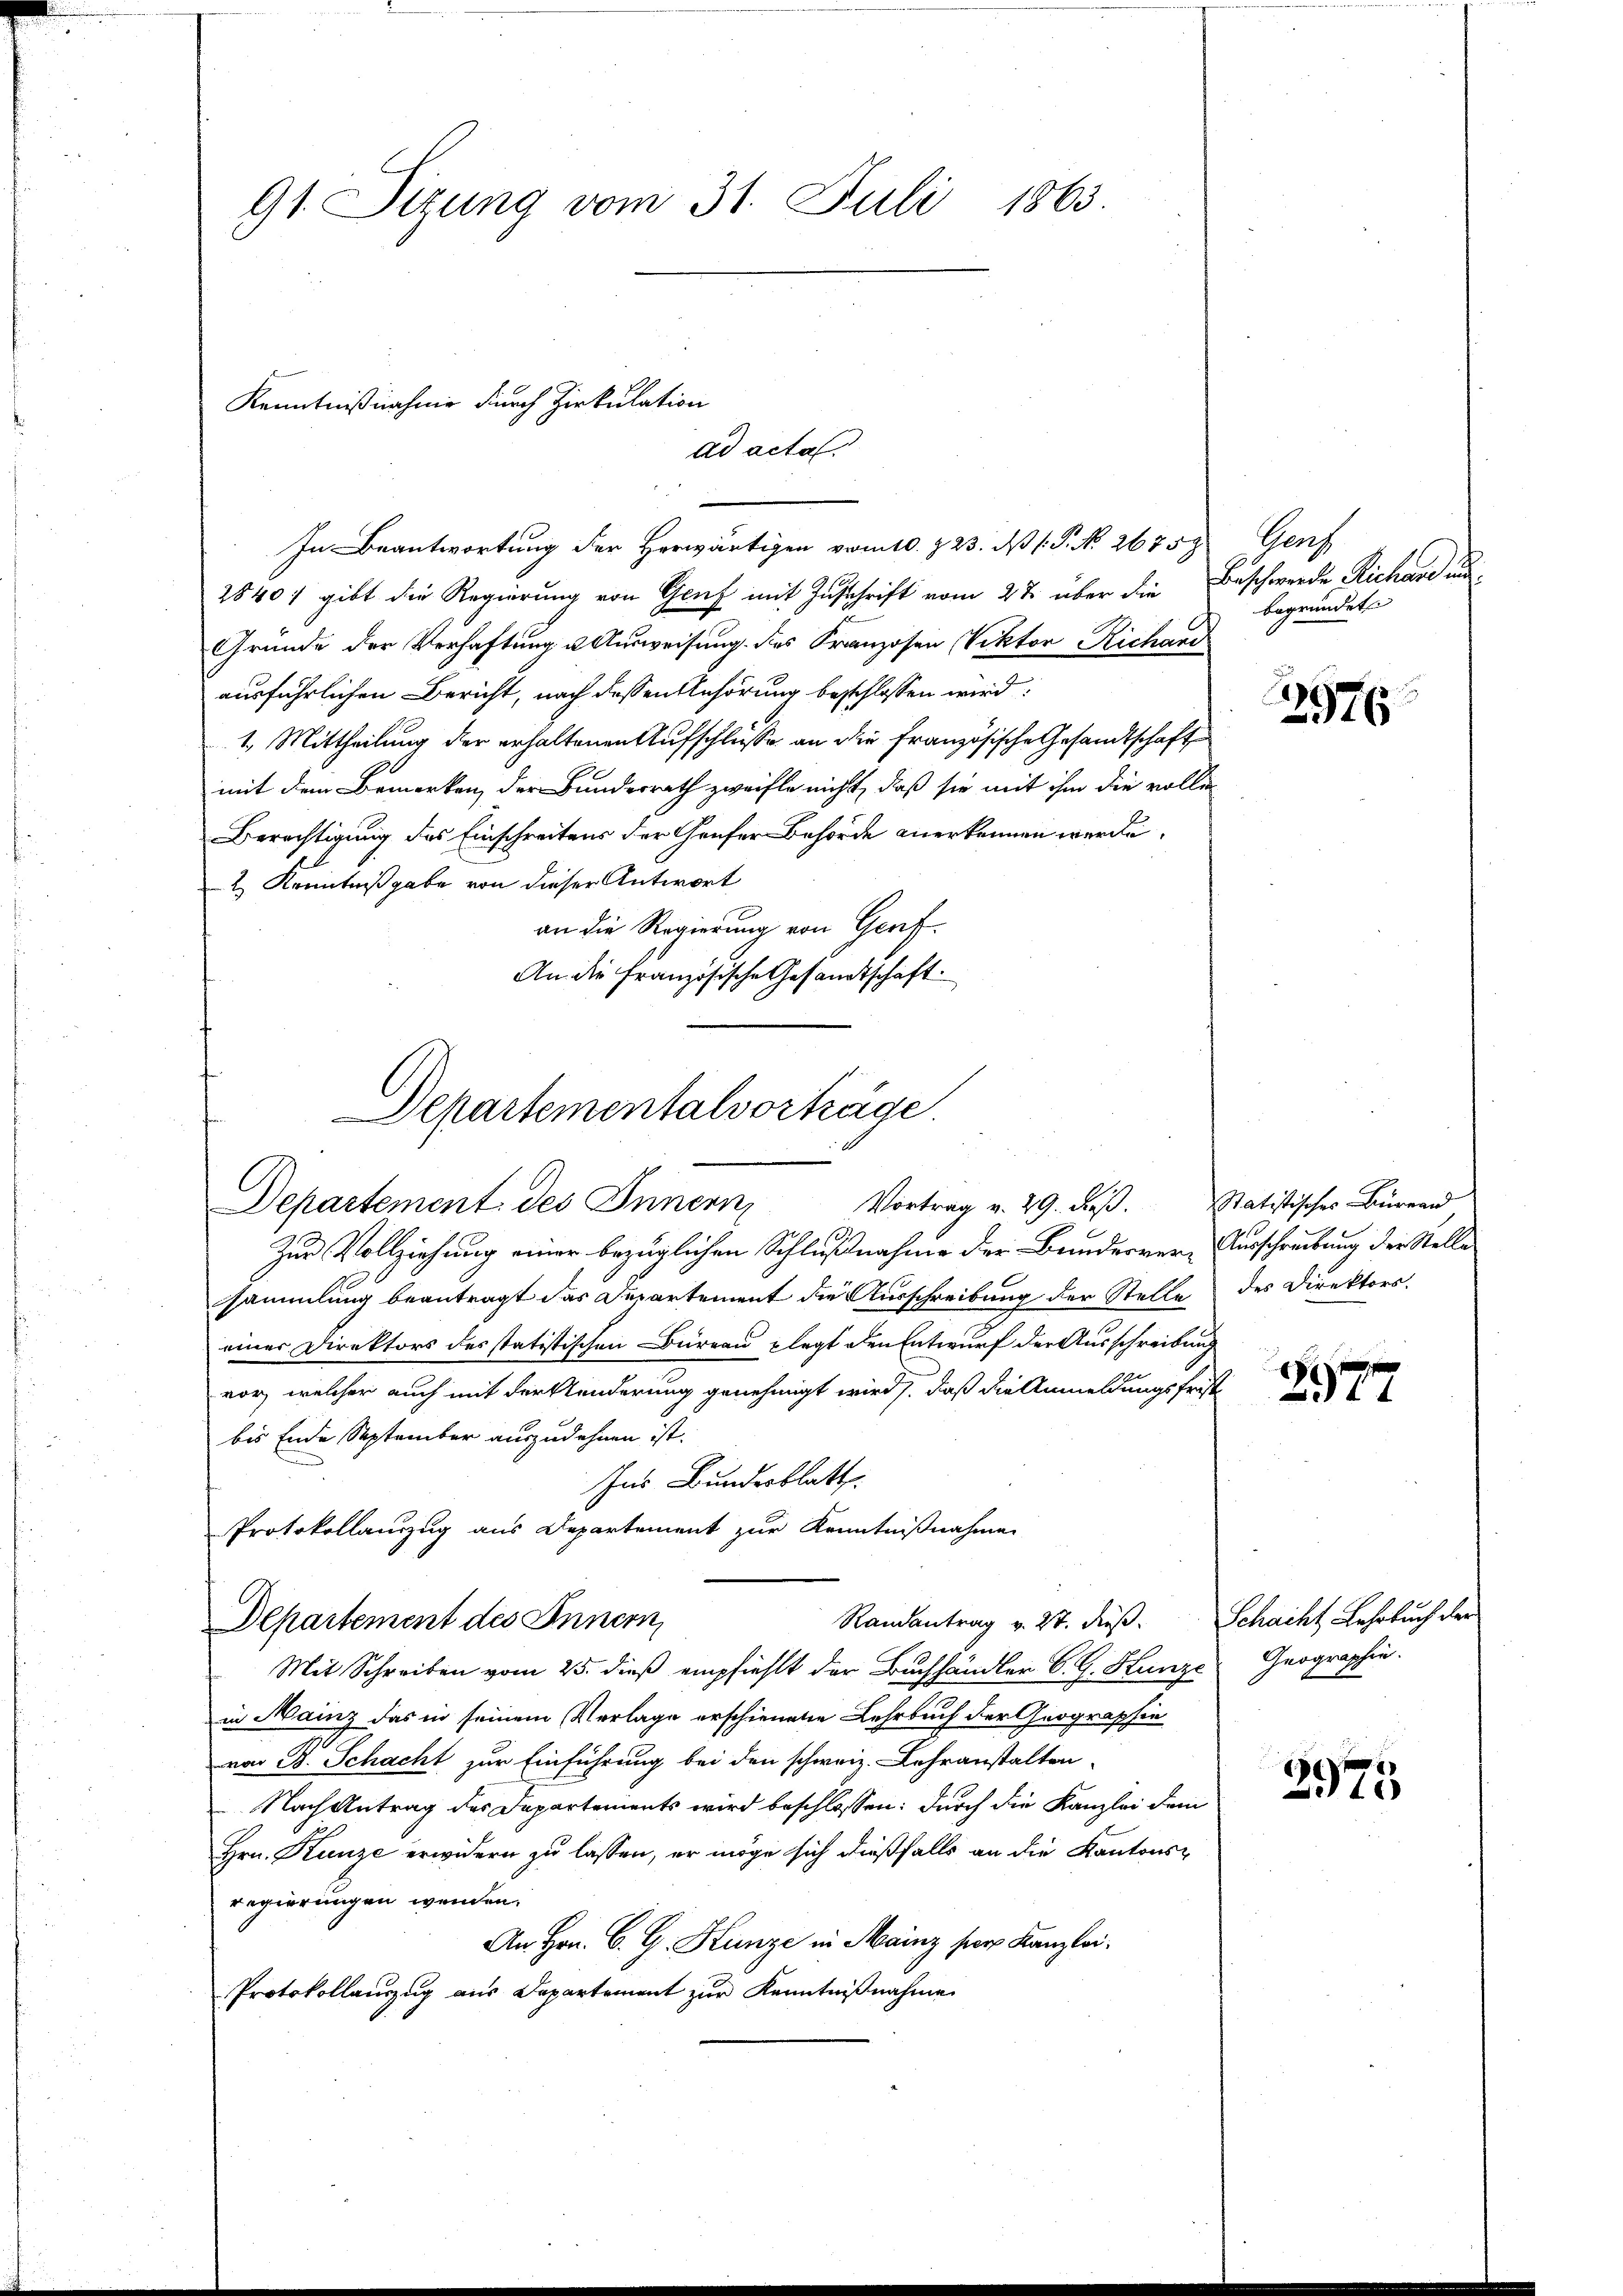
91. Sizung vom 31. Juli 1863.

In Beantwortung der Herwärtigen vom 10. § 23. dß (.P. N. 26758
28401 gibt die Regierung von Genf mit Zuschrift vom 27. über die Beschwerde, Richard un¬
Gründe der Verhaftung u. Ausweisung des Franzosen Viktor Richand
ausführlichen Bericht, nach dessen Anhörung beschlossen wird:
1. Mittheilung der erhaltenen Aufschlüsse an die französische Gesandtschaft
mit dem Bemerken der Bundesrath zweifle nicht, daß sie mit ihm die volle
Berechtigung des Einschreitens der Grufer Behörde anerkennen werde.
2) Kenntnißgabe von dieser Antwort
an die Regierung von Genf.
An die französische Gesandtschaft
Departementalvorträge

Kenntnißnahme durch Zirkulation
ad acta.

Vortrag v. 29. dβ. Statistisches Büreau
Departement des Innern

Zur Vollziehung einer bezüglichen Schlußnahme der Bundervere Ausschreibung der Stelle
sammlung beantragt das Departement die Ausschreibung der Stelle des Direktors.
einer Direktors des statistischen Bureau plagt den Entwurf der Ausschreibung
vor, welcher auch mit der Kunderung genehmigt wird, daß die Anmeldungsfristbis Ende September auszudehnen ist.
Ins Bundesblatt
PProtokollanzug aus Departement zur Kenntnißnahme
Departement des Innern,
Mit Schreiben vom 25. dieß empfiehlt der Buchhändler B. G. Hunze Geographie.
in Mainz das in seinem Verlage erschienene Lehrbuch der Geographie
von B. Schacht zur Einführung bei den schweiz. Lehranstalten-
Nach Antrag des Departements wird beschlossen: durch die Kanzlei dem
Hrn. Kunze erwidern zu lassen, er möge sich dießfalls an die Kantons-
regierungen wenden.
An Hrn. B. G. Kunze in Mainz ser Kanzlei.
Protokollauszug aus Departement zur Kenntnißnahme

Randantrag v. 27. dieß. Schacht Lehrbuch der

Grof
begründet

2976

877

2975